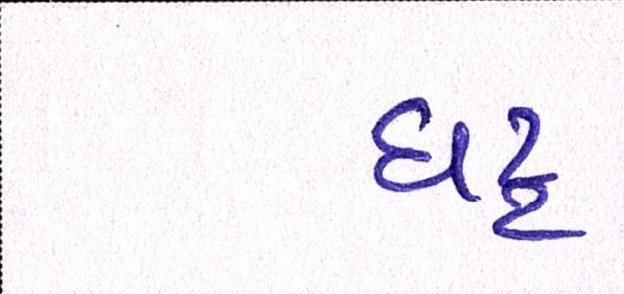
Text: ઘટ્ટ